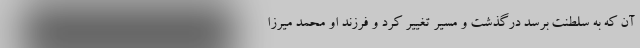
آن که به سلطنت برسد درگذشت و مسیر تغییر کرد و فرزند او محمد میرزا